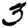
Digit: 3